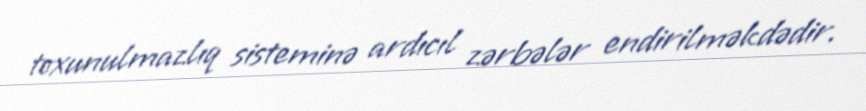
toxunulmazlıq sisteminə ardıcıl zərbələr endirilməkdədir.